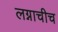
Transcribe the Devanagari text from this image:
लग्नाचीच